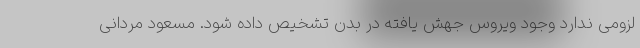
لزومی ندارد وجود ویروس جهش یافته در بدن تشخیص داده شود. مسعود مردانی